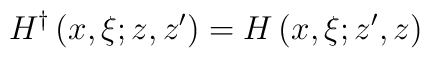
H^{\dagger}\left(  x,\xi;z,z^{\prime}\right)  =H\left(  x,\xi;z^{\prime},z\right)